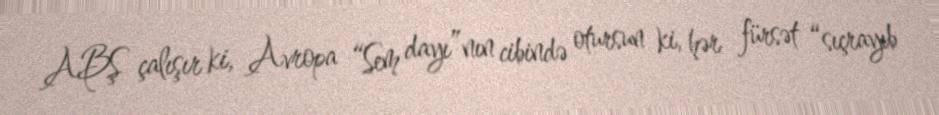
ABŞ çalışır ki, Avropa “Sem dayı”nın cibində otursun ki, hər fürsət “sıçrayıb